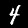
Digit: 4